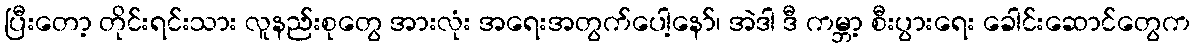
ပြီးတော့ တိုင်းရင်းသား လူနည်းစုတွေ အားလုံး အရေးအတွက်ပေါ့နော်၊ အဲဒါ ဒီ ကမ္ဘာ့ စီးပွားရေး ခေါင်းဆောင်တွေက